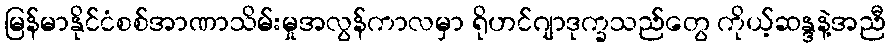
မြန်မာနိုင်ငံစစ်အာဏာသိမ်းမှုအလွန်ကာလမှာ ရိုဟင်ဂျာဒုက္ခသည်တွေ ကိုယ့်ဆန္ဒနဲ့အညီ